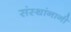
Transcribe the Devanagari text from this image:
संस्थांनानी